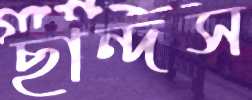
ছান্দস